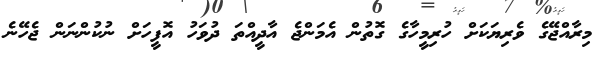
މިރާއްޖޭގެ ވެރިޔަކަށް ހުރިމީހާގެ ގޮތުން އެމަންޖެ އާދީއްތަ ދުވަހު އޮފީހަށް ނުކުންނަަން ޖެހޭނެ